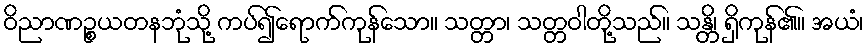
ဝိညာဏဉ္စယတနဘုံသို့ ကပ်၍ရောက်ကုန်သော။ သတ္တာ၊ သတ္တဝါတို့သည်။ သန္တိ၊ ရှိကုန်၏။ အယံ၊